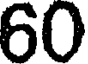
60